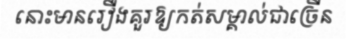
នោះមានរឿងគួរឱ្យកត់សម្គាល់ជាច្រើន